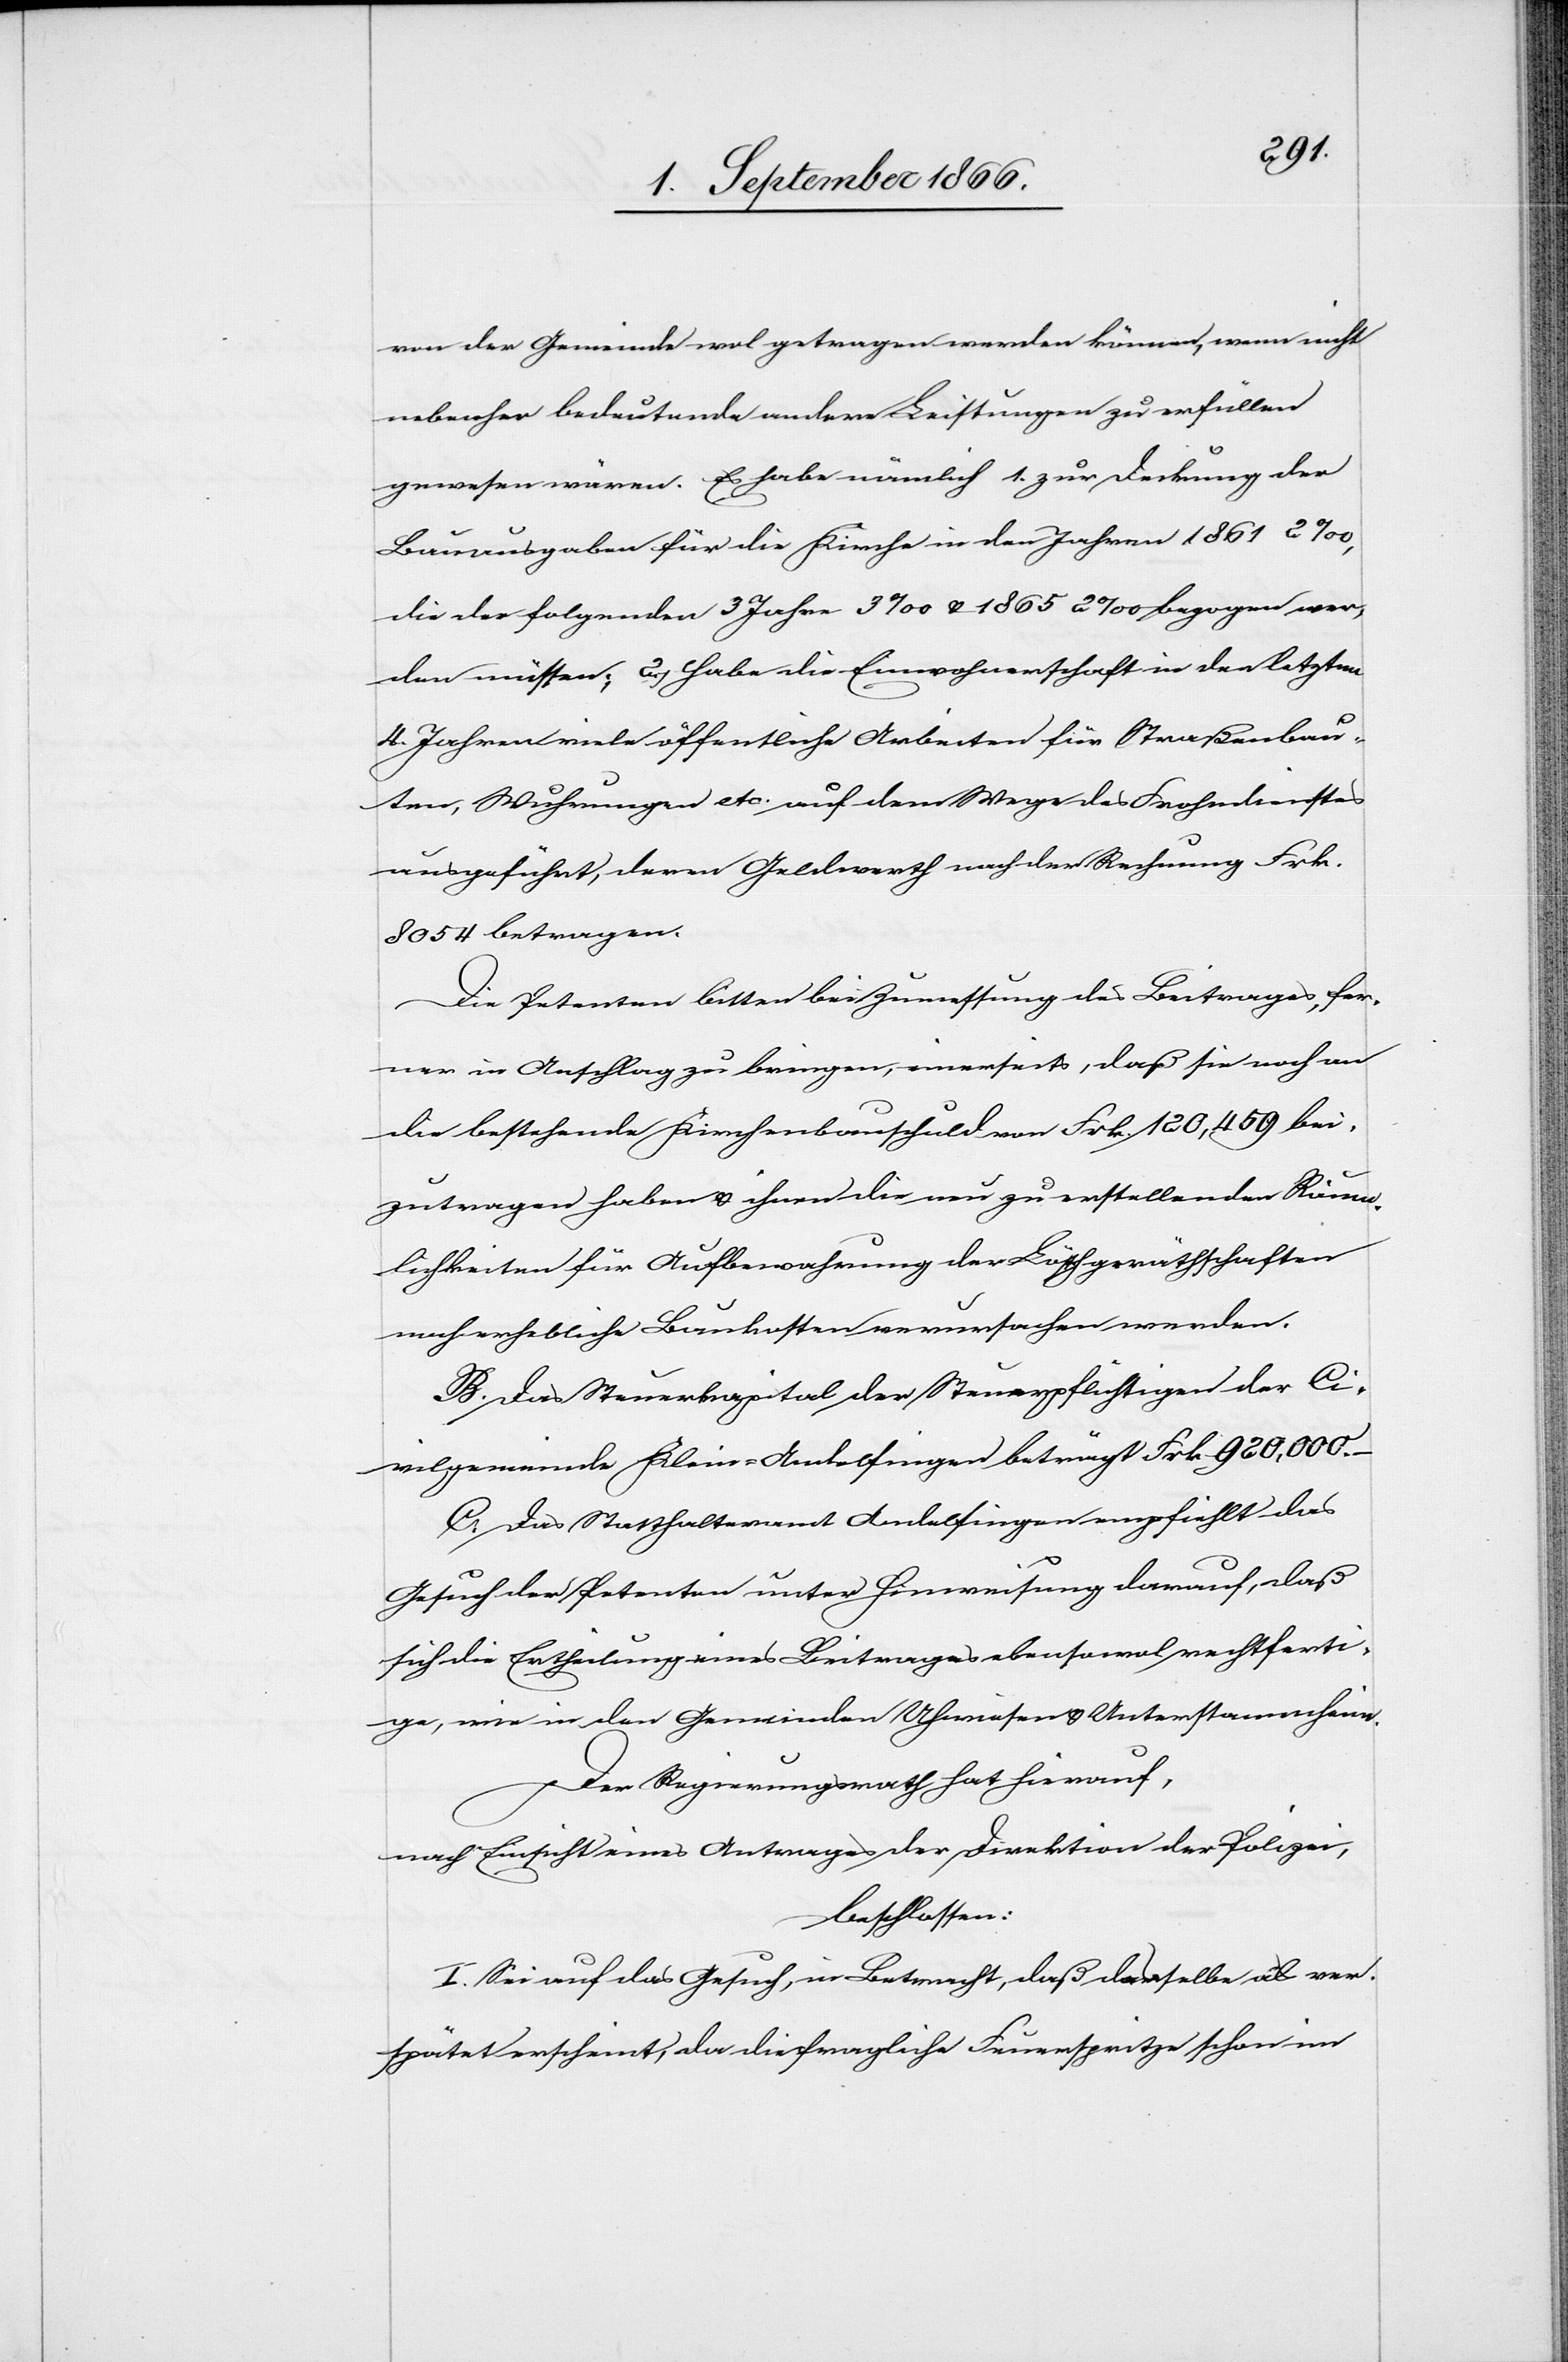
von der Gemeinde wol getragen werden können, wenn nicht
nebenher bedeutende Leistungen zu erfüllen
gewesen wären. Es habe nämlich 1. zur Deckung der
Bauausgaben für die Kirche in den Jahren 1861 2 ‰,
die der folgenden 3 Jahre 3 ‰ u. 1865 2 ‰ bezogen wer¬
den müssen; 2. habe die Einwohnerschaft in den letzten
4 Jahren viele öffentliche Arbeiten für Straßenbau¬
ten, Wuhrungen etc. auf dem Wege des Frohndienstes
ausgeführt, deren Geldwerth nach der Rechnung Frk.
8054 betragen.
Die Petenten bitten bei Zumessung des Beitrages, fer¬
ner in Anschlag zu bringen, einerseits, daß sie noch an
die bestehende Kirchenbauschuld von Frk. 120 459 bei¬
zutragen haben u. ihnen die neu zu erstellenden Räum¬
lichkeiten für Aufbewahrung der Löschgerätschaften
noch erhebliche Baukosten verursachen werden.
B. Das Steuerkapital der Steuerpflichtigen der Ci¬
vilgemeinde Klein-Andelfingen beträgt Frk. 920 200.–
C. Das Statthalteramt Andelfingen empfiehlt das
Gesuch der Petenten unter Hinweisung darauf, daß
sich die Ertheilung eines Beitrages ebensowol rechtferti¬
ge, wie in den Gemeinden Uhwiesen u. Unterstammheim.
Der Regierungsrath hat hierauf,
nach Einsicht eines Antrages der Direktion der Polizei,
beschlossen:
I. Sei auf das Gesuch, in Betracht, daß dasselbe als ver¬
spätet erscheint, da die fragliche Feuerspritze schon im